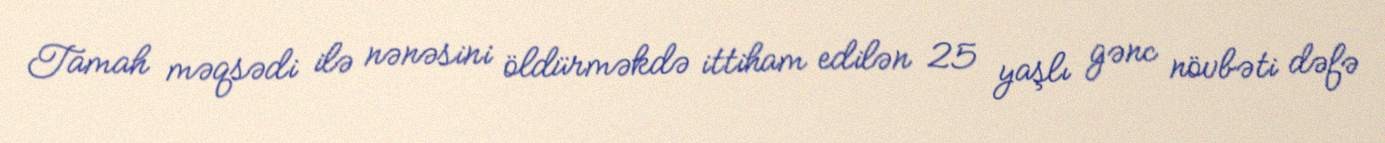
Tamah məqsədi ilə nənəsini öldürməkdə ittiham edilən 25 yaşlı gənc növbəti dəfə